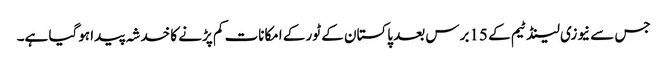
جس سے نیوزی لینڈ ٹیم کے 15برس بعد پاکستان کے ٹور کے امکانات کم پڑنے کا خدشہ پیدا ہوگیا ہے۔